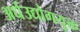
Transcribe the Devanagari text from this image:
अर्धउद्योगयुक्त